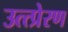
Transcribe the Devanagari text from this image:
उत्त्प्रेरण